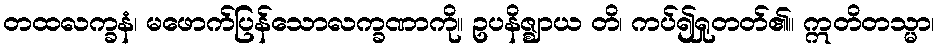
တထလက္ခနံ၊ မဖောက်ပြန်သောလက္ခဏာကို။ ဥပနိဇ္ဈာယ တိ၊ ကပ်၍ရှုတတ်၏။ ဣတိတသ္မာ၊